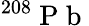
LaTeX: ^{208}\mathrm{~P~b~}